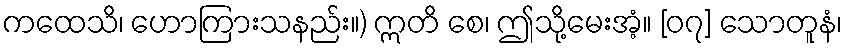
ကထေသိ၊ ဟောကြားသနည်း။) ဣတိ စေ၊ ဤသို့မေးအံ့။ [၀၇] သောတူနံ၊